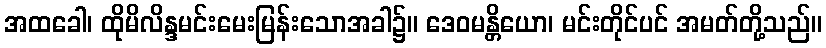
အထခေါ၊ ထိုမိလိန္ဒမင်းမေးမြန်းသောအခါ၌။ ဒေဝမန္တိယော၊ မင်းတိုင်ပင် အမတ်တို့သည်။